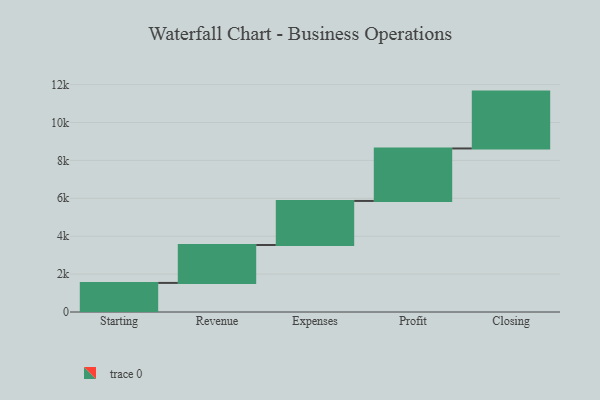
{"axis": {"x": "Step", "y": "Value"}, "legend": [""], "data": [{"x": "Starting", "y": 1535.0, "type": ""}, {"x": "Revenue", "y": 2001.0, "type": ""}, {"x": "Expenses", "y": 2324.0, "type": ""}, {"x": "Profit", "y": 2769.0, "type": ""}, {"x": "Closing", "y": 3000, "type": ""}]}